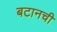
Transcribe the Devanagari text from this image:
बटानची